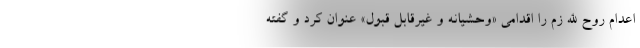
اعدام روح الله زم را اقدامی «وحشیانه و غیرقابل قبول» عنوان کرد و گفته